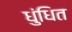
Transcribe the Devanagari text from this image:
धुंधित